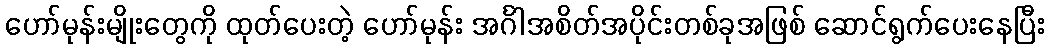
ဟော်မုန်းမျိုးတွေကို ထုတ်ပေးတဲ့ ဟော်မုန်း အင်္ဂါအစိတ်အပိုင်းတစ်ခုအဖြစ် ဆောင်ရွက်ပေးနေပြီး